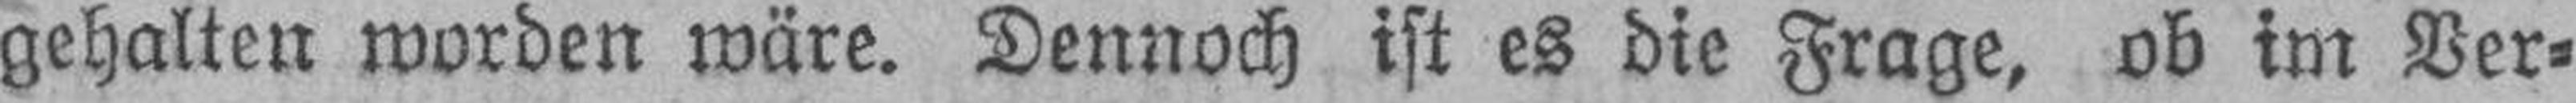
gehalten worden wäre. Dennoch ist es die Frage, ob im Ver¬